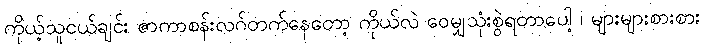
ကိုယ့်သူငယ်ချင်း ဇာကာစန်းလဂ်တက်နေတော့ ကိုယ်လဲ ဝေမျှသုံးစွဲရတာပေါ့ ၊ များများစားစား